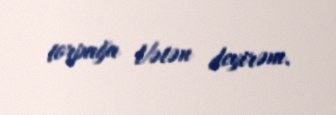
torpağa Vətən deyirəm.